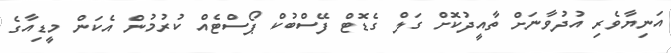
އަނިޔާވެރި އުދުވާނަށް ތާއީދުކޮށް ގަލް ގެޑޮޓް ފޭސްބުކް ޕޯސްޓެއް ކުރުމުން އެކަން މީޑިއާގެ